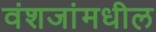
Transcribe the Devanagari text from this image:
वंशजांमधील